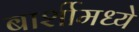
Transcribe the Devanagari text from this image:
बार्शीमध्ये